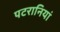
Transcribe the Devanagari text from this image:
पटरानियां